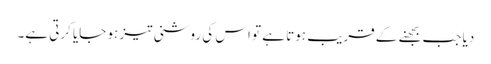
دیا جب بجھنے کے قریب ہوتا ہے تو اس کی روشنی تیز ہو جایا کرتی ہے۔